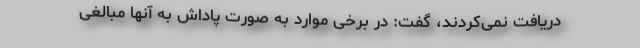
دریافت نمی‌کردند، گفت: در برخی موارد به صورت پاداش به آنها مبالغی